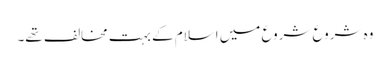
وہ شروع شروع میں اسلام کے بہت مخالف تھے۔